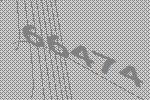
66474